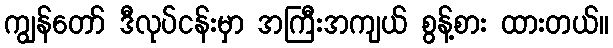
ကျွန်တော် ဒီလုပ်ငန်းမှာ အကြီးအကျယ် စွန့်စား ထားတယ်။